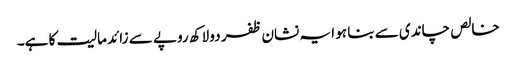
خالص چاندی سے بنا ہو ا یہ نشان ظفر دو لاکھ روپے سے زائد مالیت کا ہے۔